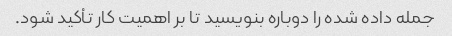
جمله داده شده را دوباره بنویسید تا بر اهمیت کار تأکید شود.